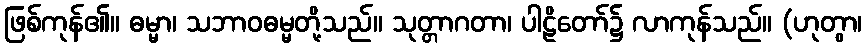
ဖြစ်ကုန်၏။ ဓမ္မာ၊ သဘာဝဓမ္မတို့သည်။ သုတ္တာဂတာ၊ ပါဠိတော်၌ လာကုန်သည်။ (ဟုတွာ၊